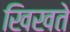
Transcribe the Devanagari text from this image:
खिखते